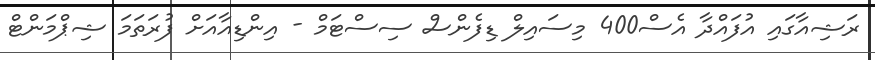
ރަޝިއާގައި އުފައްދާ އެސް400 މިސައިލް ޑިފެންސް ސިސްޓަމް - އިންޑިއާއަށް ފުރަތަމަ ޝިޕްމަންޓް